Document type: Community of property
Year: 1312
Scribe: Pere Amorós
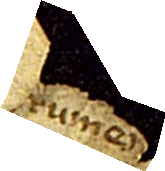
[...] Rumei [...],